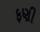
ફણી